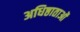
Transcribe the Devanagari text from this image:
अधिष्ठाताओं